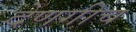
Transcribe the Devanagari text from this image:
देणगीच